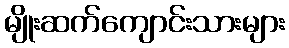
မျိုးဆက်ကျောင်းသားများ